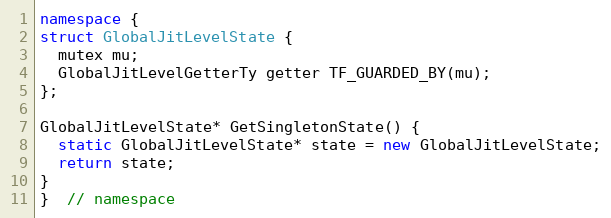
Language: C++
namespace {
struct GlobalJitLevelState {
  mutex mu;
  GlobalJitLevelGetterTy getter TF_GUARDED_BY(mu);
};

GlobalJitLevelState* GetSingletonState() {
  static GlobalJitLevelState* state = new GlobalJitLevelState;
  return state;
}
}  // namespace